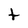
Character: t